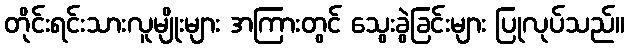
တိုင်းရင်းသားလူမျိုးများ အကြားတွင် သွေးခွဲခြင်းများ ပြုလုပ်သည်။